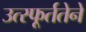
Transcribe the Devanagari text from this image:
उत्स्फूर्ततेने